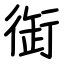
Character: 衘